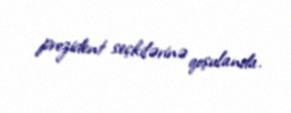
prezident seçkilərinə qoşulanda.